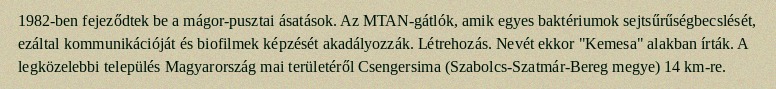
1982-ben fejeződtek be a mágor-pusztai ásatások. Az MTAN-gátlók, amik egyes baktériumok sejtsűrűségbecslését, ezáltal kommunikációját és biofilmek képzését akadályozzák. Létrehozás. Nevét ekkor "Kemesa" alakban írták. A legközelebbi település Magyarország mai területéről Csengersima (Szabolcs-Szatmár-Bereg megye) 14 km-re.